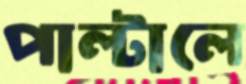
পাল্টালে